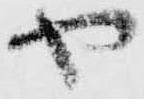
や